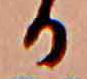
る